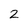
Character: 2